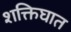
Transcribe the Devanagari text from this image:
शक्तिघात